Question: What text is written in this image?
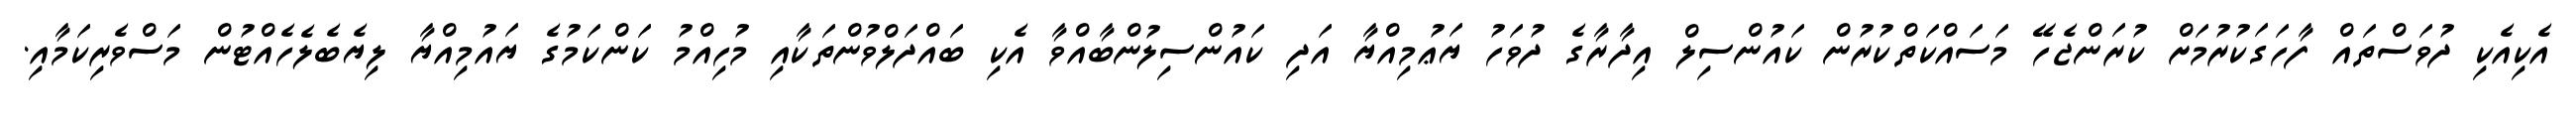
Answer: އެކިއެކި ދުވަސްތައް ފާހަގަކުރުމަށް ކުރަންޖެހޭ މަސައްކަތްކުރުން ކައުންސިލް އިދާރާގެ ދުވަހު ޔަޢުމިއްޔާ އަދި ކައުންސިލުންބާއްވާ އެކި ބައްދަލްވުންތަކާއި މުހިއްމު ކަންކަމުގެ ޔައުމިއްޔާ ލިޔެބެލެހެއްޓުން މަސްވެރިކަމާއި.